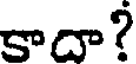
కాదా?